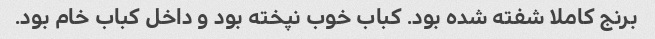
برنج کاملا شفته شده بود. کباب خوب نپخته بود و داخل کباب خام بود.